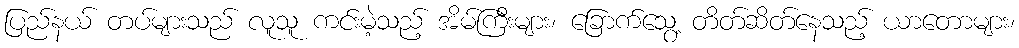
ပြည်နယ် တပ်များသည် လူသူ ကင်းမဲ့သည့် အိမ်ကြီးများ၊ ခြောက်သွေ့ တိတ်ဆိတ်နေသည့် ယာတောများ၊